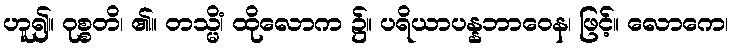
ဟူ၍။ ဝုစ္စတိ၊ ၏။ တသ္မိံ၊ ထိုလောက ၌။ ပရိယာပန္နဘာဝေန၊ ဖြင့်။ လောကေ၊